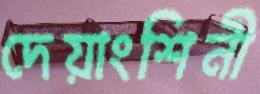
দেয়াংশিনী